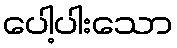
ပေါ့ပါးသော